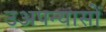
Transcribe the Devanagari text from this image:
उअपन्यासों